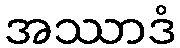
အဿာဒံ